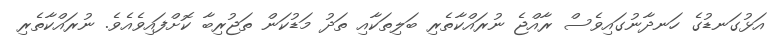
އަޅުގަނޑުގެ ހަނދާނުގައިވެސް ރާއްޖެ ނުރައްކާތެރި ބަލިތަކާއި ތަދު މަޑުކަން ތަޖުރިބާ ކޮށްފައިވެއެވެ. ނުރައްކާތެރި